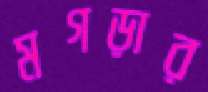
মগড়ার